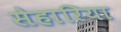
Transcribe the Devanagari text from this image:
सेहारिया